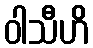
ဝါသီဟိ